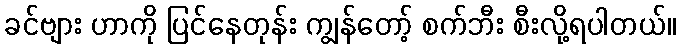
ခင်ဗျား ဟာကို ပြင်နေတုန်း ကျွန်တော့် စက်ဘီး စီးလို့ရပါတယ်။